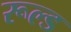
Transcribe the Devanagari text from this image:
रूल्ड